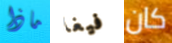
ماذا فيغا كان